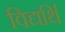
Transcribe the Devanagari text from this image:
विद्यर्थि